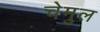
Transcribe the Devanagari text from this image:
चेमुल